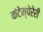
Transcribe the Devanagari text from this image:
कंटेम्पेरेरी